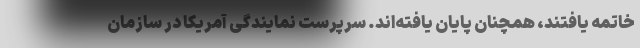
خاتمه یافتند، همچنان پایان یافته‌اند. سرپرست نمایندگی آمریکا در سازمان